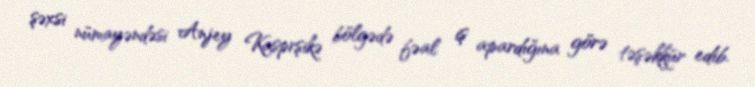
şəxsi nümayəndəsi Anjey Kasprşikə bölgədə fəal iş apardığına görə təşəkkür edib.